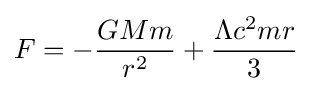
F=-{\frac {GMm}{r^{2}}}+{\frac {\Lambda c^{2}mr}{3}}